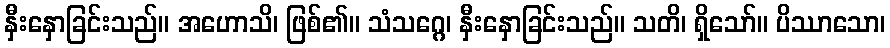
နှီးနှောခြင်းသည်။ အဟောသိ၊ ဖြစ်၏။ သံသဂ္ဂေ၊ နှီးနှောခြင်းသည်။ သတိ၊ ရှိသော်။ ပိဿာသော၊